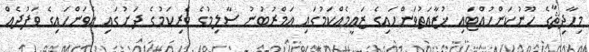
މިހާދިޘާގެ ހޫނުކަންހުއްޓައި ޚުޒާޢަތުވަންހައިގެ ޒަޢީމެއްކަމުގައި ޢަމްރުބުނު ސާލިމުގެ ވެރިކަމުގެ ދަށުގައި އެވަންހައިގެ ވަފުދެއް